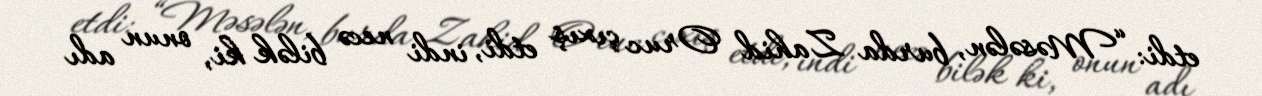
etdi: “Məsələn, burda Zahid Oruc çıxış etdi, indi necə bilək ki, onun adı